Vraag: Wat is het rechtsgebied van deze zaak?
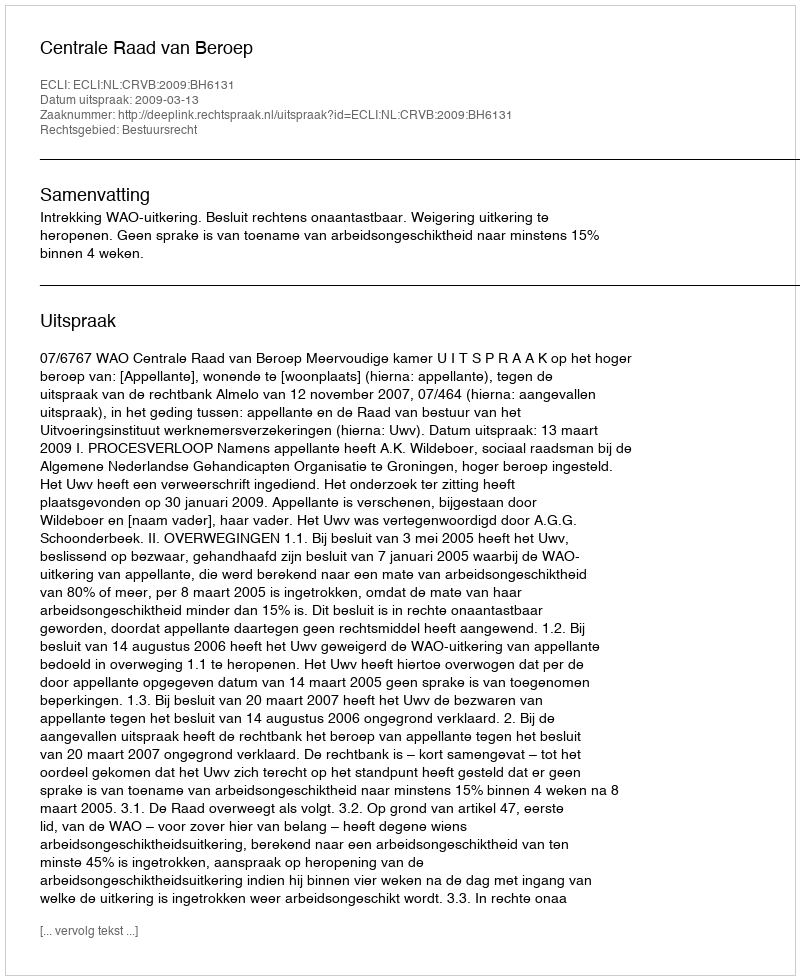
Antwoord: Bestuursrecht